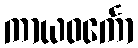
ကာယဝင်္ကော